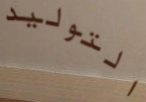
التوليد